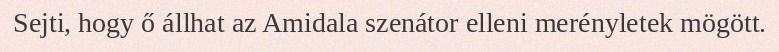
Sejti, hogy ő állhat az Amidala szenátor elleni merényletek mögött.